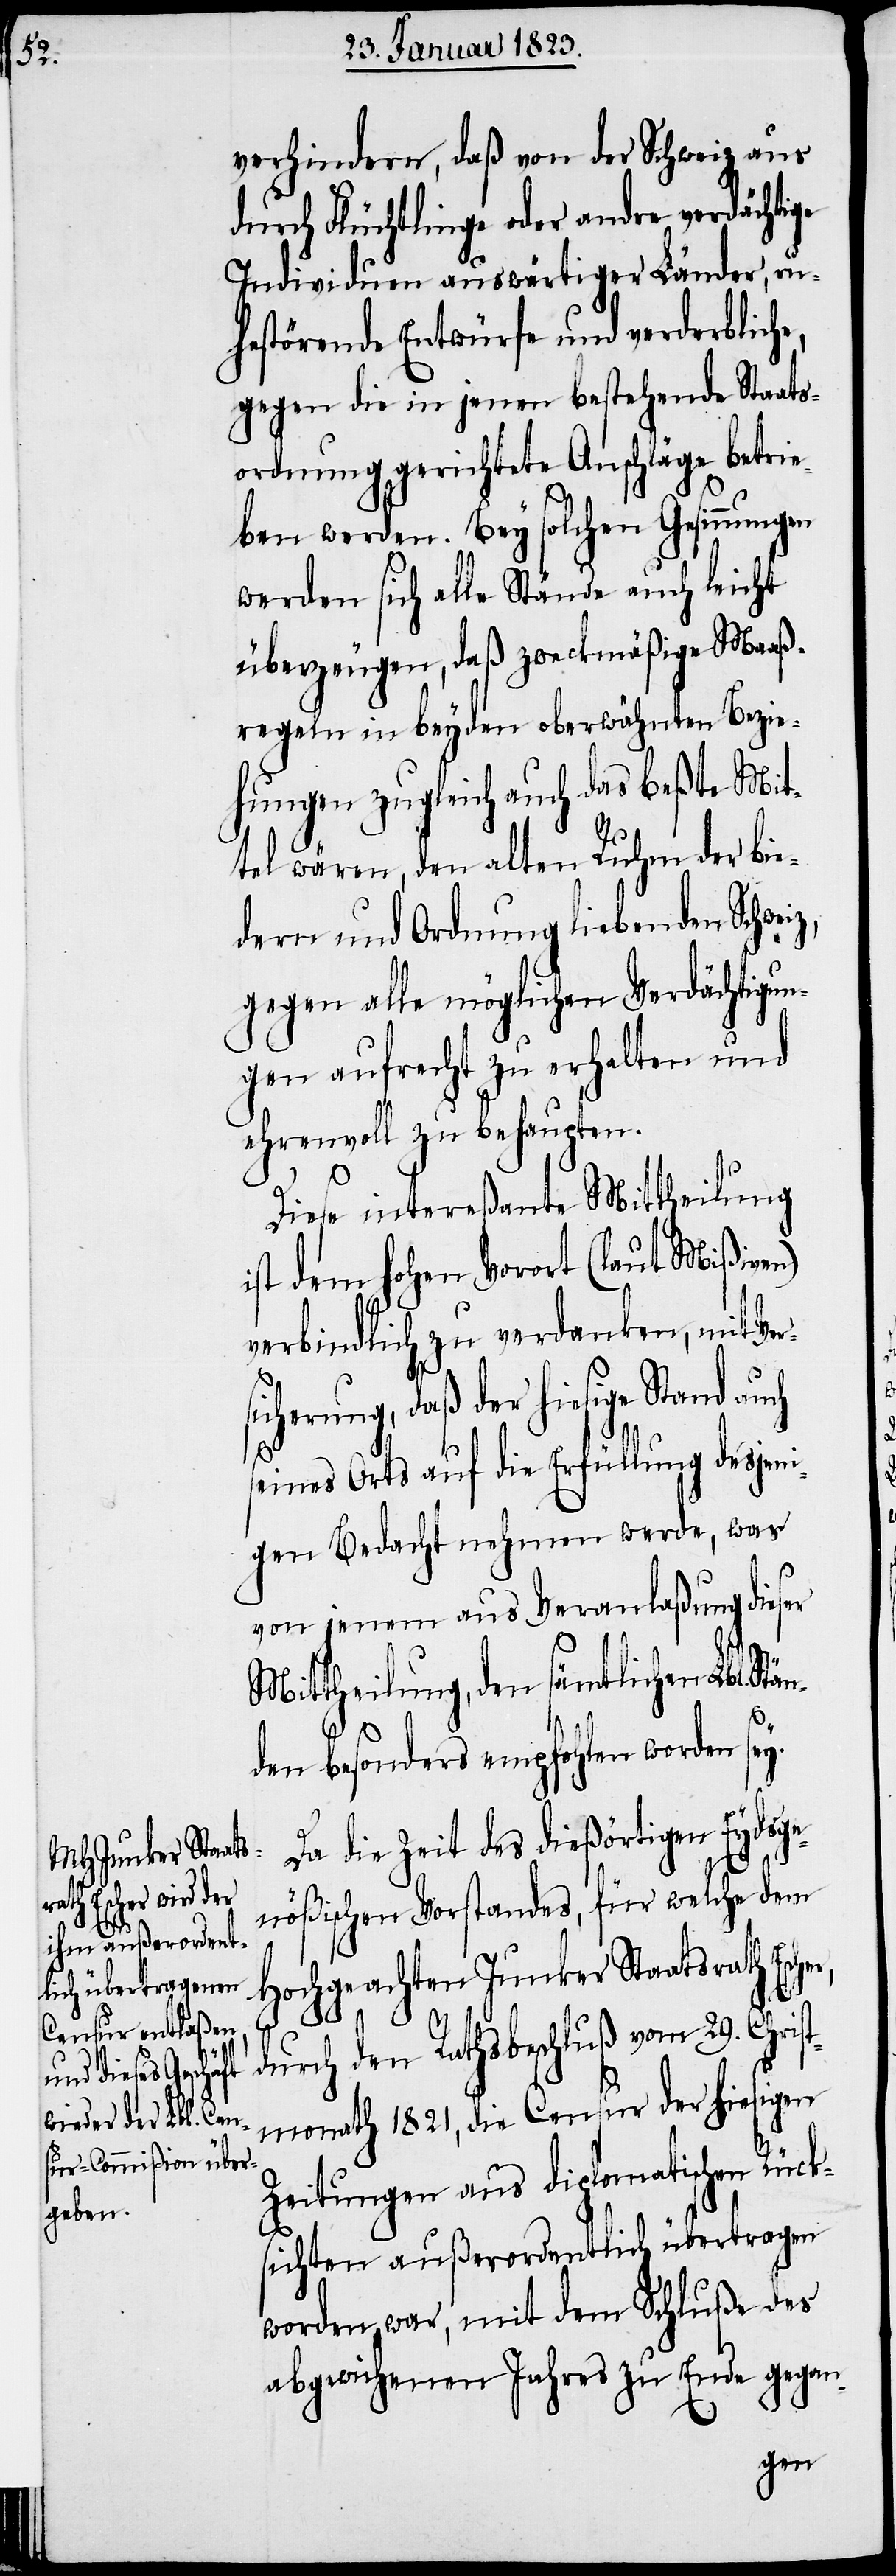
verhindern, daß von der Schweiz aus
durch Flüchtlinge oder andre verdächtige
Individuen auswärtiger Länder, ru¬
hestörende Entwürfe und verderbliche,
gegen die in jenen bestehende Staats¬
ordnung gerichtete Anschläge betrie¬
ben werden. Bey solchen Gesinnungen
werden sich alle Stände auch leicht
überzeugen, daß zweckmäßige Maaß¬
regeln in beyden oberwähnten Bezi¬
ehungen zugleich auch das beßte Mit¬
tel wären, den alten Ruhm der bie¬
dern und Ordnung liebenden Schwei¬
gegen alle möglichen Verdächtigun¬
gen aufrecht zu erhalten und
ehrenvoll zu behaupten.
än¬
Diese intereßante Mittheilung
ist dem hohen Vorort (laut Mißiven)
verbindlich zu verdanken, mit Ver¬
sicherung, daß der hiesige Stand auch
seines Orts auf die Erfüllung desjeni¬
gen Bedacht nehmen werde, was
von jenem aus Veranlaßung dieser
Mittheilung, den sämtlichen Lbl. St¬
den besonders empfohlen worden se¬
Da die Zeit des dießörtigen Eydsge¬
nößischen Vorstandes, für welche dem
ochgeachten Junker Staatsrath Esche¬
s¬
durch den Rathsbeschluß vom 29. Chri¬
tmonath 1821, die Censur der hiesigen
Zeitungen aus diplomatischen Rück¬
sichten außerordentlich übertragen
worden war, mit dem Schluße des
abgewichenen Jahres zu Ende gegan-